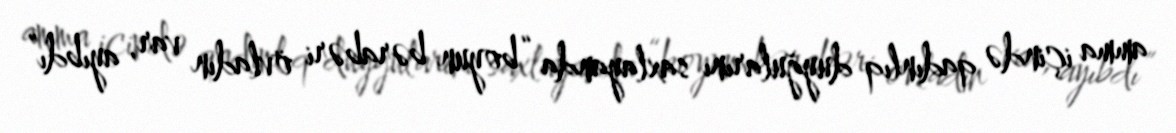
amma içində qadınlıq duyğularını saxlayanda “boyun bərabəri övladın var, ayıbdı”